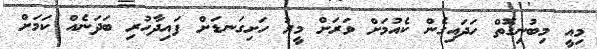
މިއީ މިބުނިގޮތް ހަދައިގެން ކެއުމަށް ވަރަށް މީރު ހަށިގަނޑަށް ފައިދާހުރި ބަދަނެއް ކަމަށް